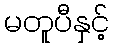
မတူပီနှင့်